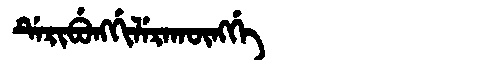
Manchu: ᡩᡝᡵᡳᠪᡠᠩᡤᡳᠯᡝᡵᠠᡴᡡᠩᡤᡝ
Romanization: DERIBUNGGILERAKŪNGGE